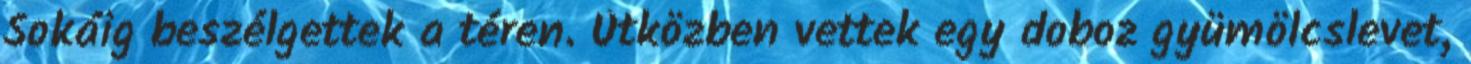
Sokáig beszélgettek a téren. Útközben vettek egy doboz gyümölcslevet,